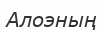
Алоэның